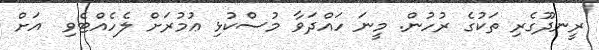
ރީނދޫގެރި ތަކުގެ ރުހުން. މީނަ ހައްދަވާ މުސްކުޅި ޢުމުރަށް ލެހެއްޓެވި  އަށް